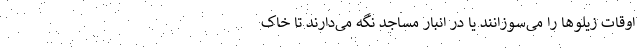
اوقات زیلوها را می‌سوزانند یا در انبار مساجد نگه می‌دارند تا خاک